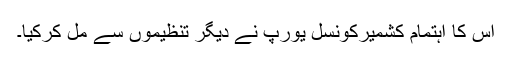
اس کا اہتمام کشمیرکونسل یورپ نے دیگر تنظیموں سے مل کرکیا۔